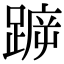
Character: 𨂫